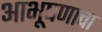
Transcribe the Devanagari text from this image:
आभूषणाचा